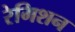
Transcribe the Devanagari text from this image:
रेमिशन